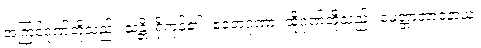
အကြင်ဂုဏ်တို့သည်။ သန္တိ၊ ရှိကုန်၏။ ဧတေဂုဏာ၊ ထိုဂုဏ်တို့သည်။ မေတ္တာဘာဝနာယ၊